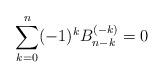
LaTeX: \begin{align*}\sum_{k=0}^n (-1)^k B_{n-k}^{(-k)} = 0\end{align*}